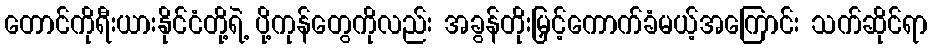
တောင်ကိုရီးယားနိုင်ငံတို့ရဲ့ ပို့ကုန်တွေကိုလည်း အခွန်တိုးမြှင့်ကောက်ခံမယ့်အကြောင်း သက်ဆိုင်ရာ